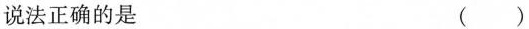
说法正确的是 ( )